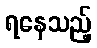
ရနေသည့်